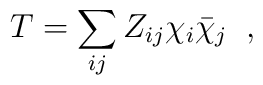
T = \sum_{ij} Z_{ij}\chi_{i} \bar{\chi}_{j}  \;\; ,